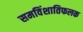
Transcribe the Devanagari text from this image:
समविंशातिफलक